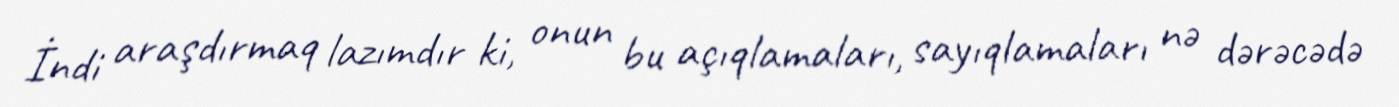
İndi araşdırmaq lazımdır ki, onun bu açıqlamaları, sayıqlamaları nə dərəcədə